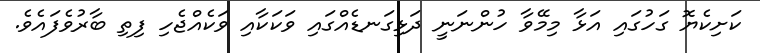
ކަށިކެޔޮ ގަހުގައި އަޅާ މިމޭވާ ހުންނަނީ ދަޅިގަނޑެއްގައި ވަކަކާއި ވަކެއްޖެހި ފިތި ބާރުވެފައެވެ.